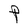
Character: P